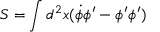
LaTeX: S = \int d ^ { 2 } x ( \dot { \phi } \phi ^ { \prime } - \phi ^ { \prime } \phi ^ { \prime } )